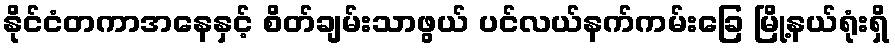
နိုင်ငံတကာအနေနှင့် စိတ်ချမ်းသာဖွယ် ပင်လယ်နက်ကမ်းခြေ မြို့နယ်ရုံးရှိ